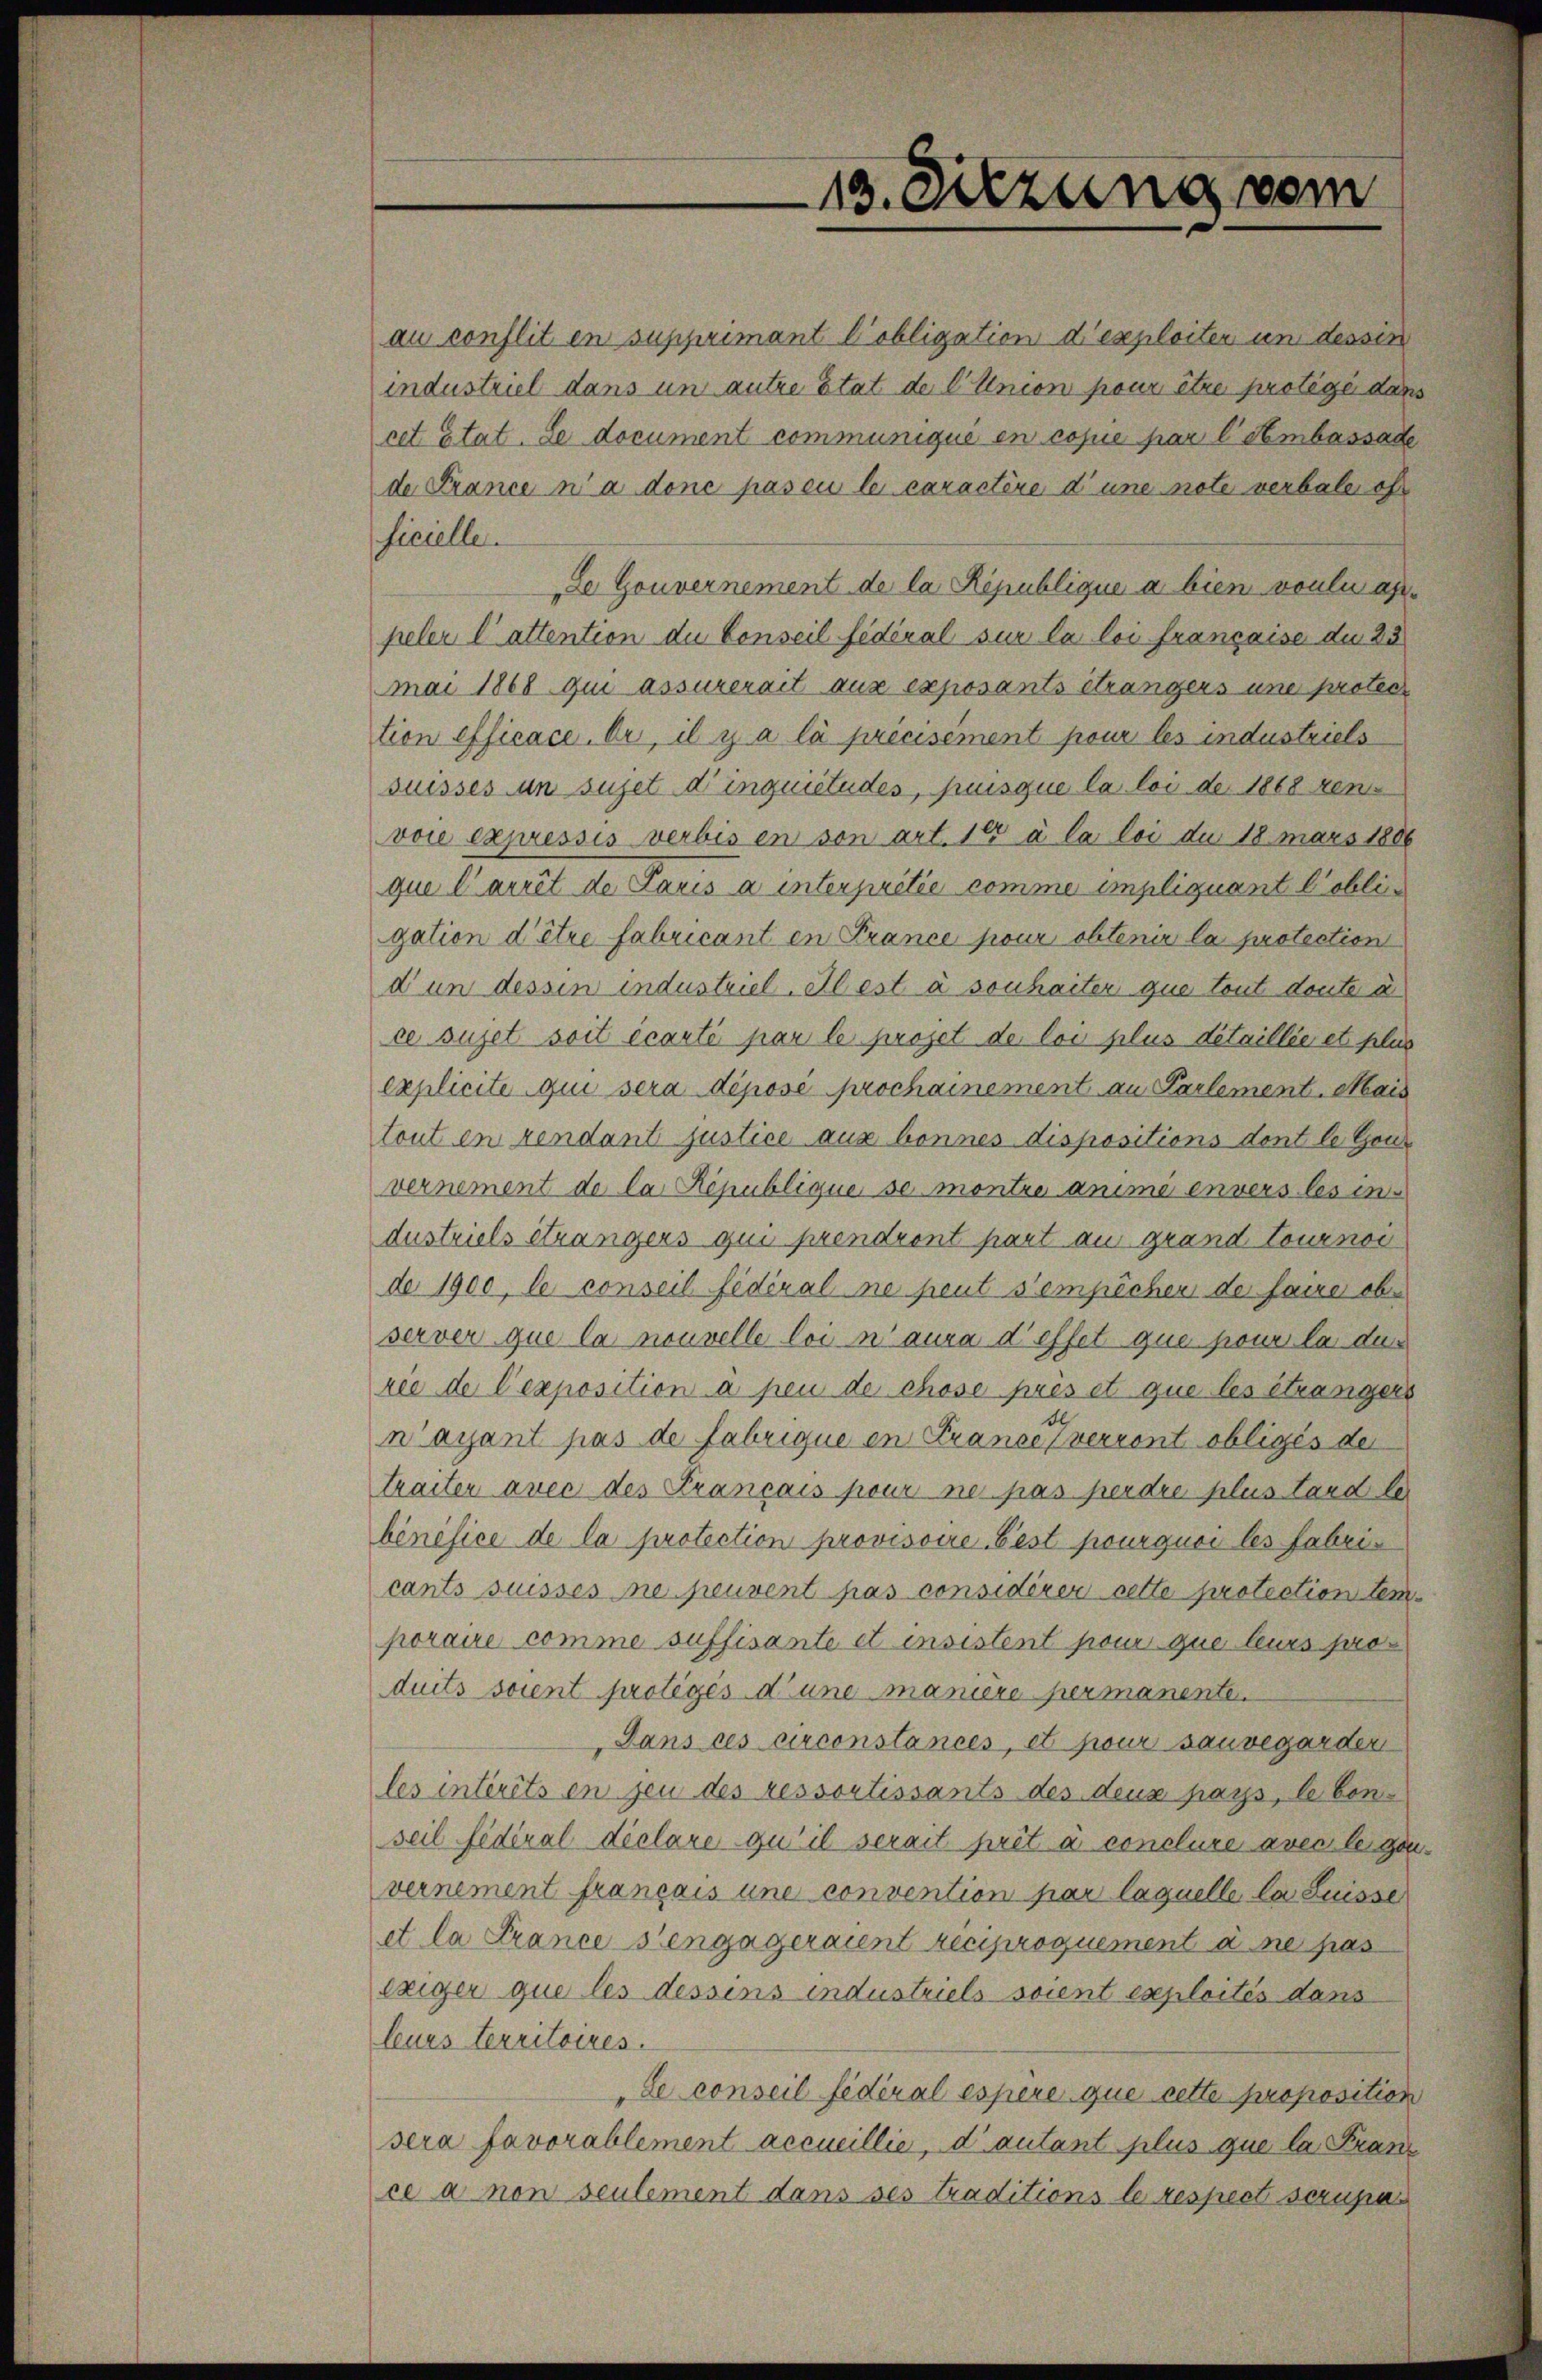
13. Sitzung vom

au conflit en supprimant l’obligation d’exploiten und dessin
industriel dans un autre état de Clinion pour être protege dans
cet état. Le document communique en copie par l Sembassade
de France n’a donc pas en le caractère d’une note verbale oft
ficielle.
Le Gouvernement de la République a bien voulu appeler lattention du Conseil fédéral sur la loi française du 25
mai 1868 qui assurerait aus exposants étrangers une protes
tion efficace. Or, il y a la précisement pour les industriels
suisses um sujet d’inquietudes, puisque la loi de 1868 renvoie expressis verbis en von art. 18 à la loi du 18 mars 1886
que l’arrêt de Paris à interpretie comme impliquant Cobli
gation d’être fabricant en France pour obtenir la protection
d’un dessen industriel. Il est à sonhaiter que tout doute a
ce sujet soit écarti par le projet de loi plus detaillée et plus
explicite qui sera déposé prochainement an Partement. Mais
tout en rendant justice aus bonnes dispositions dont le Gou-
vernement de la République se montre anime envers les in
dustriels étrangers qui prendront part au grand tournoc
de 1900, le conseil fédéral ne peut s’empêcher de faire obe
server que la nouvelle loi n’aura d’effet que pour la das
rée de l’exposition a peu de chose prés et que les étrangers
n’ayant pas de fabrique en France verront obligés der
traiter avec des Français pour ne pas perdre plus tand le
bénéfice de la protection provisoire Fest pourquoi les Fabricants suisses ne peuvent pas considérer cette protection tem
poraire comme suffisante et insistent pour que leurs produits soient protegés d’une maniere permanente.
Dans ces circonstances, et pour sauvegarder
les intérêts en jen des ressortissants des deux pays, leben
seil fédéral dielare qu’il serait prêt à conclure avec legenvernement français une convention par laquelle la Suisse
et la France s’engageraient reciproquement à ne pas
exiger que les dessens industriels soient exploités dans
leurs territoires.
de conseil fédéral espere que cette proposition
sera favorablement accueillie, d’autant plus que la Franz
ce à non seulement dans ses Traditions le respect scrupa